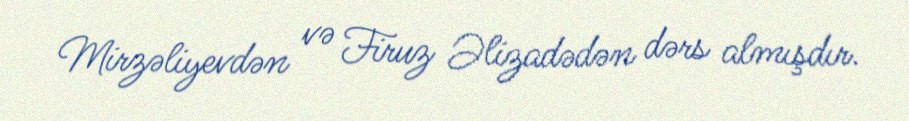
Mirzəliyevdən və Firuz Əlizadədən dərs almışdır.